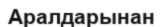
Аралдарынан